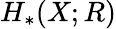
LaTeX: H_{\ast}(X;R)